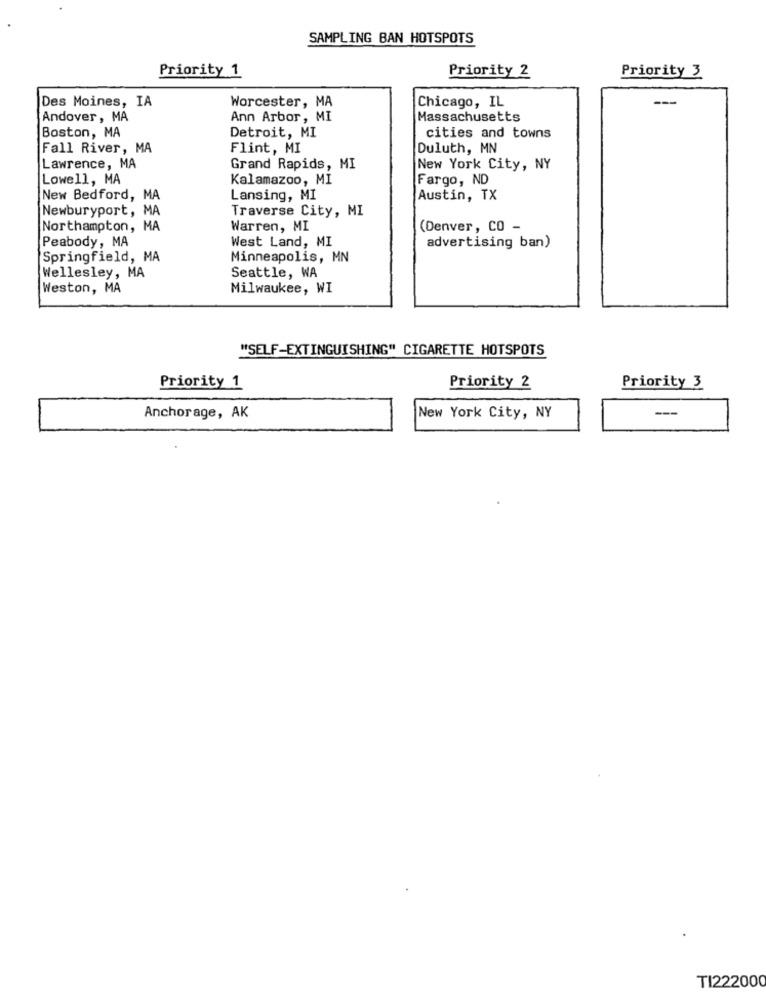
SAMPLING BAN HOTSPOTS
Priority 1
Priority 3
Priority 2
Worcester, MA
Des Moines, IA
Chicago, IL
Andover, MA
Ann Arbor, MI
Massachusetts
Boston, MA
Detroit, MI
cities and towns
Fall River, MA
Flint, MI
Duluth, MN
Lawrence, MA
Grand Rapids, MI
New York City, NY
Lowell, MA
Kalamazoo, MI
Fargo, ND
New Bedford, MA
Lansing, MI
Austin, TX
Newburyport, MA
Traverse City, MI
Northampton, MA
Warren, MI
(Denver, CO -
Peabody, MA
West Land, MI
advertising ban)
Springfield, MA
Minneapolis, MN
Wellesley, MA
Seattle, WA
Weston, MA
Milwaukee, WI
"SELF-EXTINGUISHING" CIGARETTE HOTSPOTS
Priority 1
Priority 2
Priority 3
-
Anchorage, AK
New York City, NY
TI222000